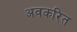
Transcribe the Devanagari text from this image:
अवकरित